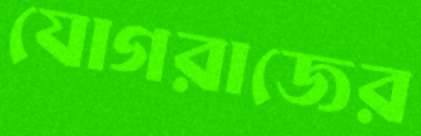
যোগরাজের